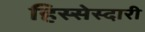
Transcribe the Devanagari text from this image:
हिस्सेस्दारी